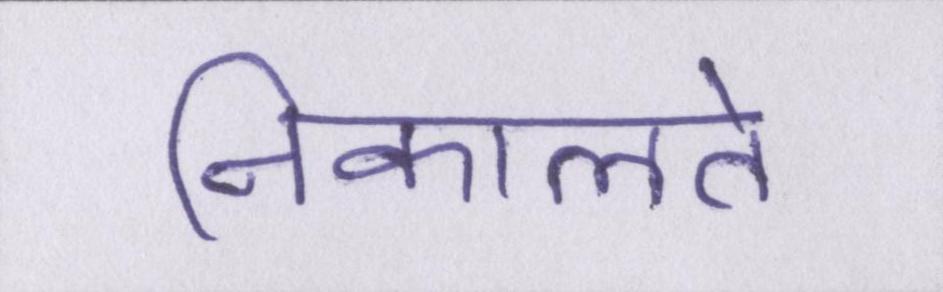
निकालते